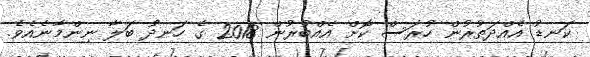
ކަނޑު އެއްދަތުރުން ހުރަސް ކޮށް އެއްބުރުން 2018 ގެ ހަނދު ބަލާ ނިންމާނެއެވެ.